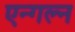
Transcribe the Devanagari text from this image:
एन्गल्न